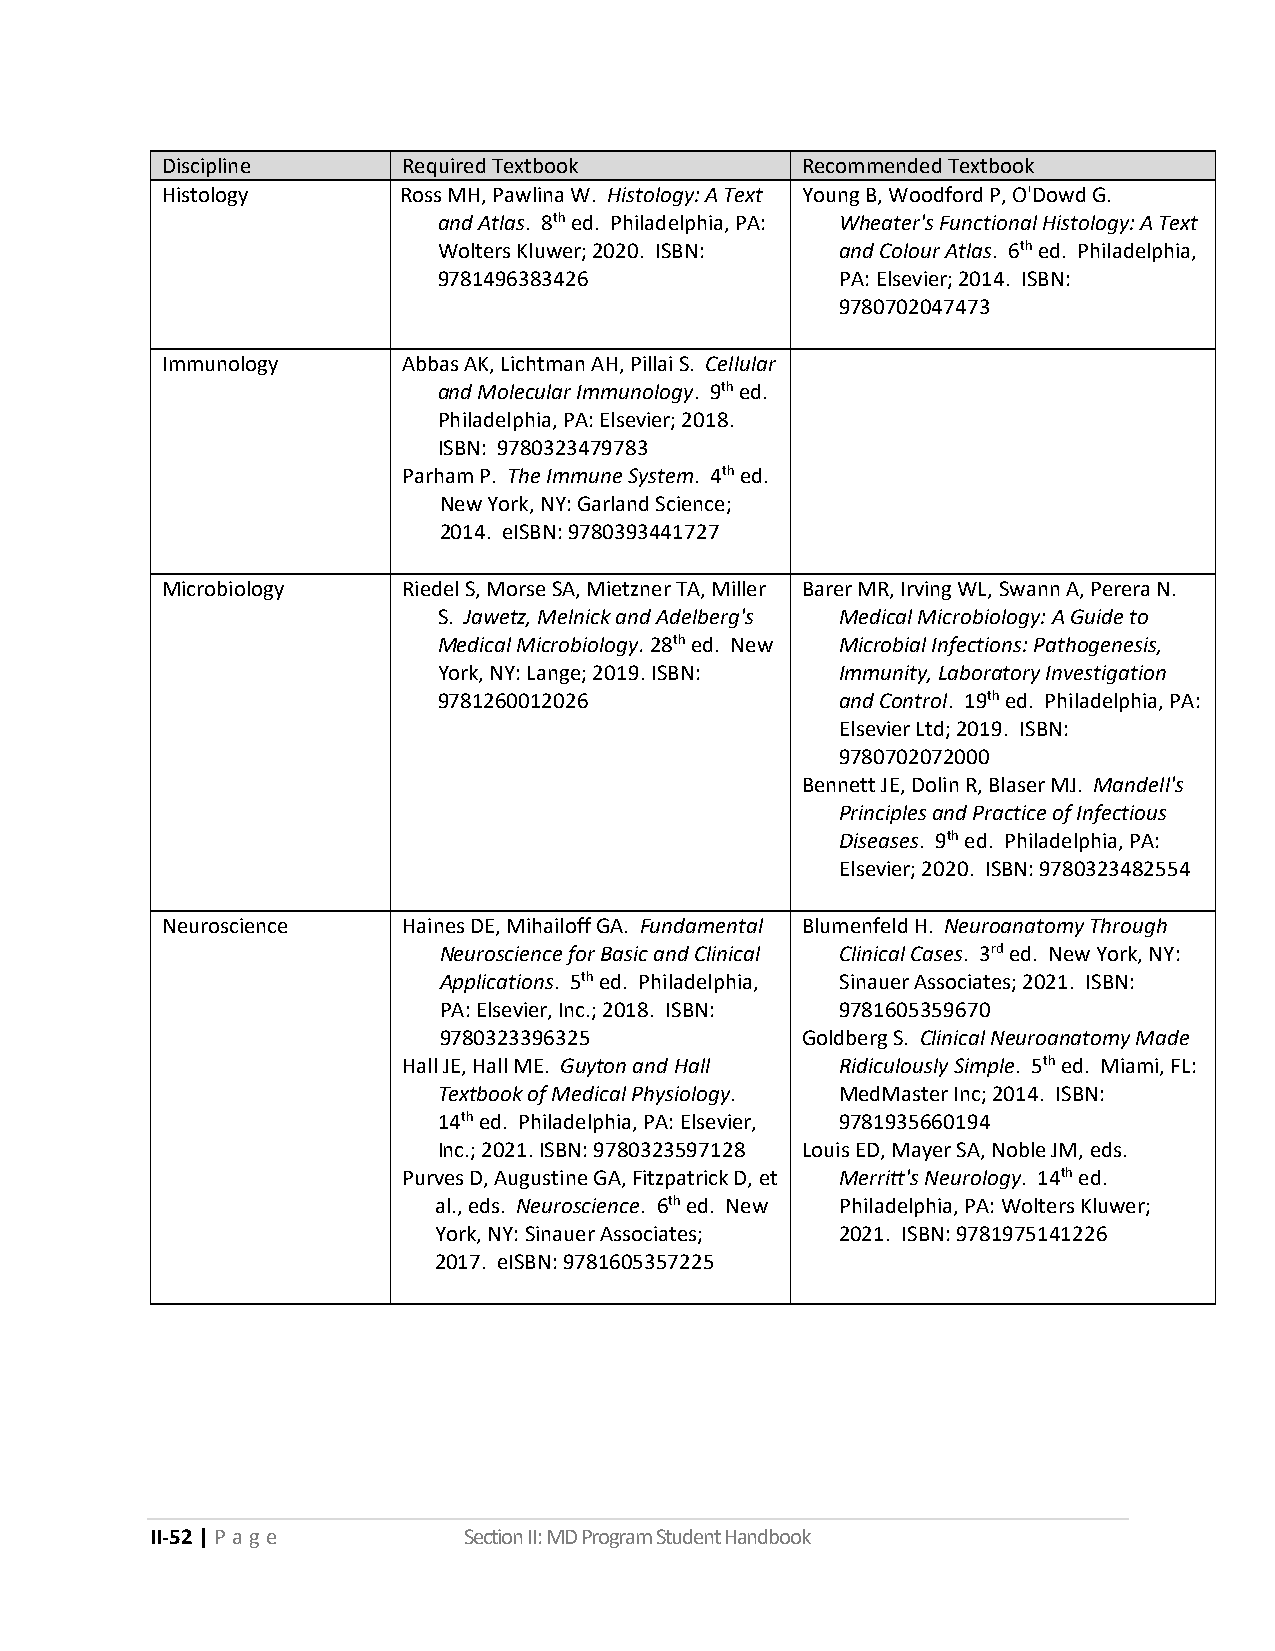
Discipline      Required Textbook         Recommended Textbook
 Histology      Ross MH, Pawlina W. Histology: A Text Young B, Woodford P, O'Dowd G.
 and Atlas. 8th ed. Philadelphia, PA: Wheater's Functional Histology: A Text
 Wolters Kluwer; 2020. ISBN: and Colour Atlas. 6th ed. Philadelphia,
 9781496383426              PA: Elsevier; 2014. ISBN:
 9780702047473
 Immunology      Abbas AK, Lichtman AH, Pillai S. Cellular
 and Molecular Immunology. 9th ed.
 Philadelphia, PA: Elsevier; 2018.
 ISBN: 9780323479783
 Parham P. The Immune System. 4th ed.
 New York, NY: Garland Science;
 2014. eISBN: 9780393441727
 Microbiology    Riedel S, Morse SA, Mietzner TA, Miller Barer MR, Irving WL, Swann A, Perera N.
 S. Jawetz, Melnick and Adelberg's Medical Microbiology: A Guide to
 Medical Microbiology. 28th ed. New Microbial Infections: Pathogenesis,
 York, NY: Lange; 2019. ISBN: Immunity, Laboratory Investigation
 9781260012026              and Control. 19th ed. Philadelphia, PA:
 Elsevier Ltd; 2019. ISBN:
 9780702072000
 Bennett JE, Dolin R, Blaser MJ. Mandell's
 Principles and Practice of Infectious
 Diseases. 9th ed. Philadelphia, PA:
 Elsevier; 2020. ISBN: 9780323482554
 Neuroscience    Haines DE, Mihailoff GA. Fundamental Blumenfeld H. Neuroanatomy Through
 Neuroscience for Basic and Clinical Clinical Cases. 3rd ed. New York, NY:
 Applications. 5th ed. Philadelphia, Sinauer Associates; 2021. ISBN:
 PA: Elsevier, Inc.; 2018. ISBN: 9781605359670
 9780323396325           Goldberg S. Clinical Neuroanatomy Made
 Hall JE, Hall ME. Guyton and Hall Ridiculously Simple. 5th ed. Miami, FL:
 Textbook of Medical Physiology. MedMaster Inc; 2014. ISBN:
 14th ed. Philadelphia, PA: Elsevier, 9781935660194
 Inc.; 2021. ISBN: 9780323597128 Louis ED, Mayer SA, Noble JM, eds.
 Purves D, Augustine GA, Fitzpatrick D, et Merritt's Neurology. 14th ed.
 al., eds. Neuroscience. 6th ed. New Philadelphia, PA: Wolters Kluwer;
 York, NY: Sinauer Associates; 2021. ISBN: 9781975141226
 2017. eISBN: 9781605357225
 II-52 | P a g e      Section II: MD Program Student Handbook